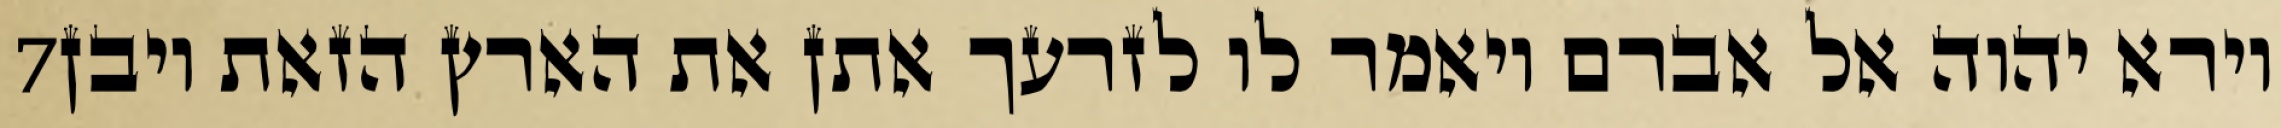
‎7‏ וירא יהוה אל אברם ויאמר לו לזרעך אתן את הארץ הזאת ויבן